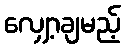
လျှော့ချမည့်